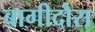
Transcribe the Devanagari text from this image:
बागीदौरा